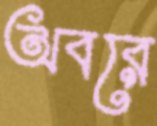
অবরে